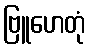
ဗြူဟေတုံ